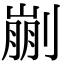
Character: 剻